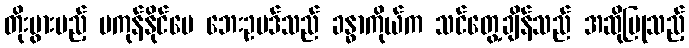
တိုးပွားမည့် မကုန်နိုင်ပေ ဘေးဥပဒ်သည် ခန္ဓာကိုယ်က သင်တွေ့ချိန်သည် အဆိုပြုသည့်